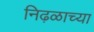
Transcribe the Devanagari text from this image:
निढ़ळाच्या